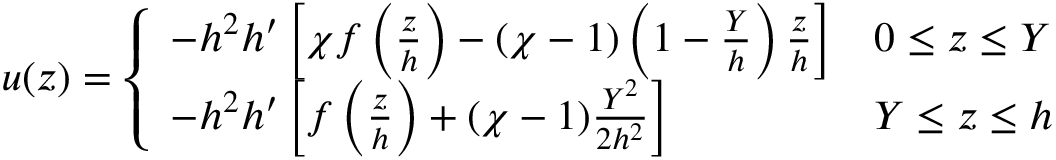
u ( z ) = \left\{ \begin{array} { l l } { - h ^ { 2 } h ^ { \prime } \left[ \chi f \left( \frac { z } { h } \right) - ( \chi - 1 ) \left( 1 - \frac { Y } { h } \right) \frac { z } { h } \right] } & { 0 \le z \le Y } \\ { - h ^ { 2 } h ^ { \prime } \left[ f \left( \frac { z } { h } \right) + ( \chi - 1 ) \frac { Y ^ { 2 } } { 2 h ^ { 2 } } \right] } & { Y \le z \le h } \end{array} \right.